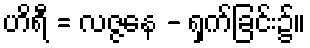
ဟိရီ = လဇ္ဇနေ - ရှက်ခြင်း၌။